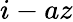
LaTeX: i-az